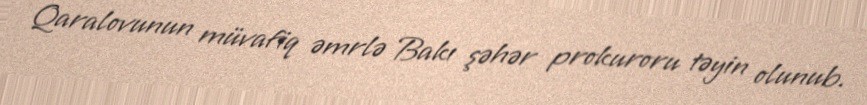
Qaralovunun müvafiq əmrlə Bakı şəhər prokuroru təyin olunub.